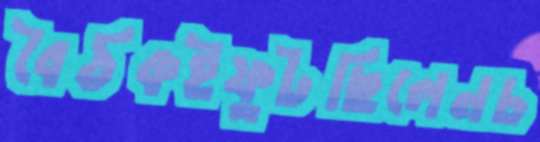
বৈঠকইফুটছিলেনচ